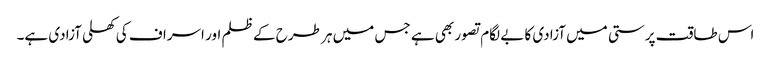
اس طاقت پرستی میں آزادی کا بے لگام تصور بھی ہے جس میں ہر طرح کے ظلم اور اسراف کی کھلی آزادی ہے۔